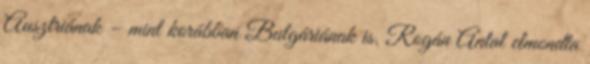
Ausztriának – mint korábban Bulgáriának is. Rogán Antal elmondta